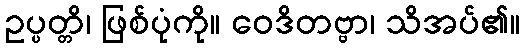
ဥပ္ပတ္တိ၊ ဖြစ်ပုံကို။ ဝေဒိတဗ္ဗာ၊ သိအပ်၏။